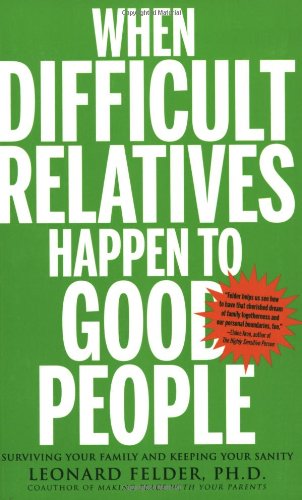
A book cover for When Difficult Relatives Happen to Good People: Surviving Your Family and Keeping Your Sanity; Leonard Felder; Parenting & Relationships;